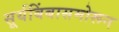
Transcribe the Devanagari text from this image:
सूर्यबिंबासमोरून